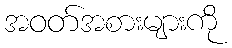
အဝတ်အစားများကို